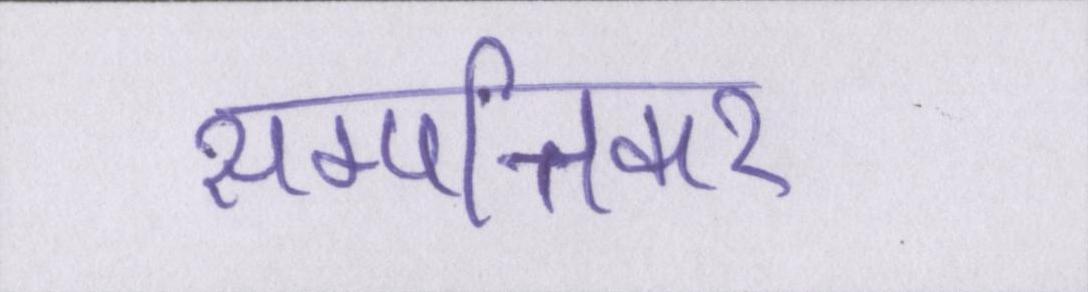
सम्पत्तिकर